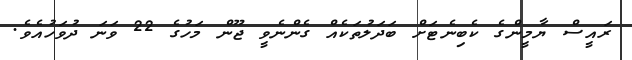
ރައީސް ޔާމީންގެ ކެބިނެޓަށް ބަދަލުތަކެއް ގެންނެވީ ޖޫން މަހުގެ 22 ވަނަ ދުވަހުއެވެ.